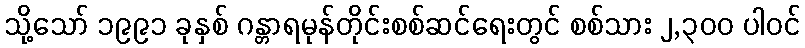
သို့သော် ၁၉၉၁ ခုနှစ် ဂန္တာရမုန်တိုင်းစစ်ဆင်ရေးတွင် စစ်သား ၂,၃၀၀ ပါဝင်